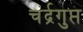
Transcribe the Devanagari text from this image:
चंर्द्रगुप्त